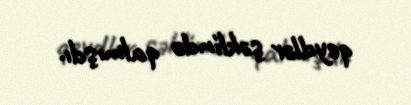
qeydlər şəklində qalmışdı.